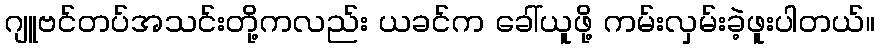
ဂျူဗင်တပ်အသင်းတို့ကလည်း ယခင်က ခေါ်ယူဖို့ ကမ်းလှမ်းခဲ့ဖူးပါတယ်။